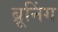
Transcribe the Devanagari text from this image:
ब्रूनिंग